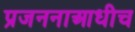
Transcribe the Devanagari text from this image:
प्रजननाआधीच